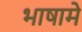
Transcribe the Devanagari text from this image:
भाषामे